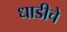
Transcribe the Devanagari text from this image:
धाडीचे